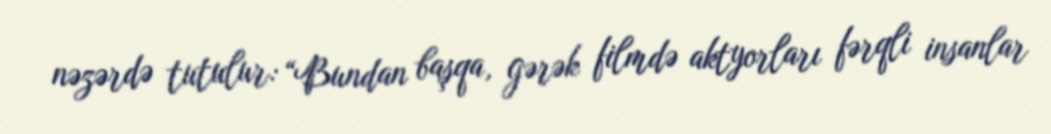
nəzərdə tutulur: “Bundan başqa, gərək filmdə aktyorları fərqli insanlar